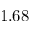
1 . 6 8